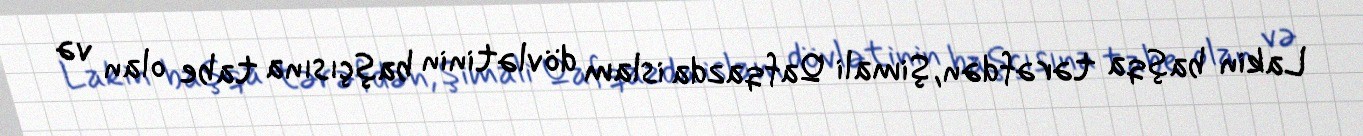
Lakin başqa tərəfdən, Şimali Qafqazda islam dövlətinin başçısına tabe olan və